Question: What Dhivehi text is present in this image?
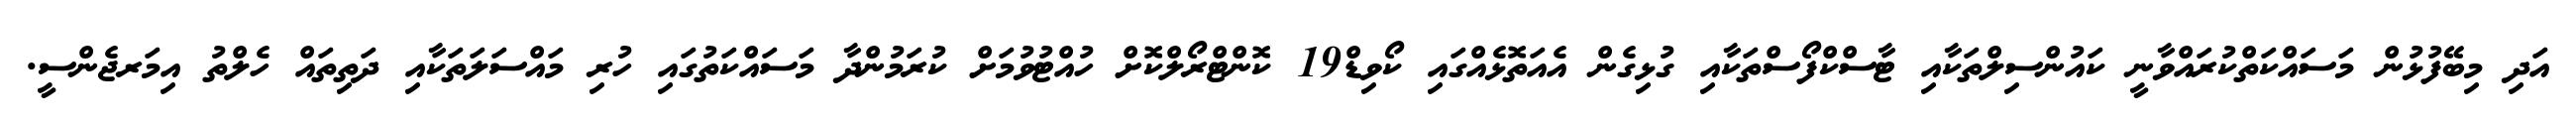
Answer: އަދި މިބޭފުޅުން މަސައްކަތްކުރައްވާނީ ކައުންސިލްތަކާއި ޓާސްކްފޯސްތަކާއި ގުޅިގެން އެއަތޮޅެއްގައި ކޯވިޑް19 ކޮންޓްރޯލްކޮށް ހުއްޓުވުމަށް ކުރަމުންދާ މަސައްކަތުގައި ހުރި މައްސަލަތަކާއި ދަތިތައް ހެލްތު އިމަރޖެންސީ.